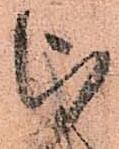
被